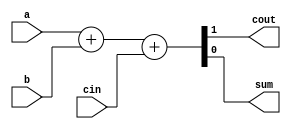
//2022_11_1 kerong
//Full adder

module top_module( 
    input a, b, cin,
    output cout, sum );

assign {cout , sum} = a + b + cin;

endmodule